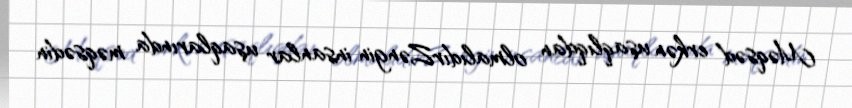
Məqsəd erkən uşaqlıqdan olmalıdırZəngin insanlar uşaqlarında məqsədin